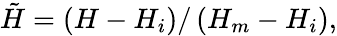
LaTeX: \tilde{H}=\left(H-H_{i}\right)/\left(H_{m}-H_{i}\right),